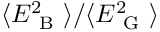
\langle E _ { \mathrm { ~ B ~ } } ^ { 2 } \rangle / \langle E _ { \mathrm { ~ G ~ } } ^ { 2 } \rangle